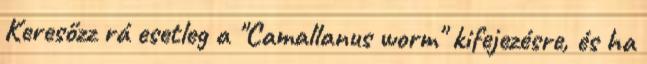
Keresőzz rá esetleg a "Camallanus worm" kifejezésre, és ha